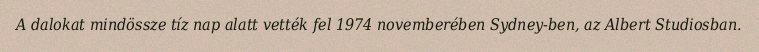
A dalokat mindössze tíz nap alatt vették fel 1974 novemberében Sydney-ben, az Albert Studiosban.